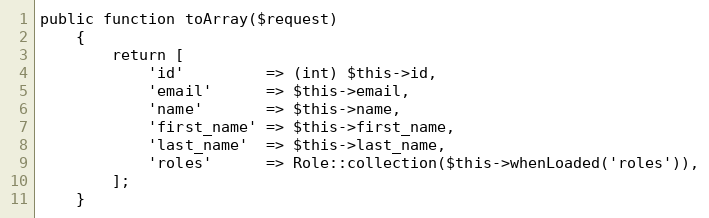
Language: PHP
public function toArray($request)
    {
        return [
            'id'         => (int) $this->id,
            'email'      => $this->email,
            'name'       => $this->name,
            'first_name' => $this->first_name,
            'last_name'  => $this->last_name,
            'roles'      => Role::collection($this->whenLoaded('roles')),
        ];
    }